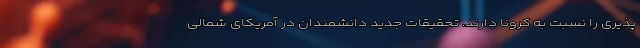
پذیری را نسبت به کرونا دارند. تحقیقات جدید دانشمندان در آمریکای شمالی